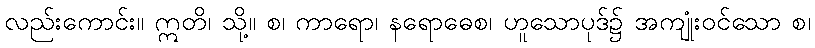
လည်းကောင်း။ ဣတိ၊ သို့။ စ၊ ကာရော၊ နရောဓေစ၊ ဟူသောပုဒ်၌ အကျုံးဝင်သော စ၊